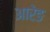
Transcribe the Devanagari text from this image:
आरेङ